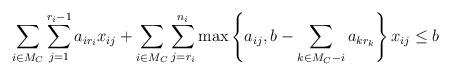
LaTeX: \begin{align*}\sum_{i \in M_C} \sum_{j=1}^{r_i - 1}a_{i r_i} x_{ij} + \sum_{i \in M_C} \sum_{j=r_i}^{n_i} \max \left\{a_{ij}, b - \sum_{k \in M_C - i} a_{k r_k} \right\} x_{ij} \leq b\end{align*}